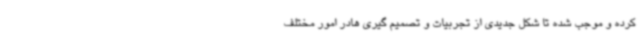
کرده و موجب شده تا شکل جدیدی از تجربیات و تصمیم گیری هادر امور مختلف